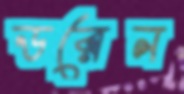
ডরেন